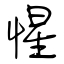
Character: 惺